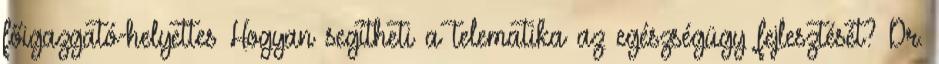
főigazgató-helyettes Hogyan segítheti a telematika az egészségügy fejlesztését? Dr.